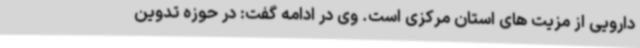
دارویی از مزیت های استان مرکزی است. وی در ادامه گفت: در حوزه تدوین